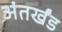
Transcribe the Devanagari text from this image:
अंतर्खंड